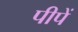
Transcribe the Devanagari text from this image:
पीपें